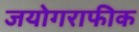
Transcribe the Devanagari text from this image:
जयोगराफीक